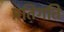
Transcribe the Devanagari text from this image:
प्रतिगति